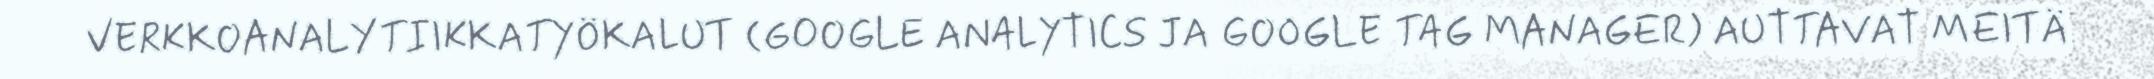
VERKKOANALYTIIKKATYÖKALUT (GOOGLE ANALYTICS JA GOOGLE TAG MANAGER) AUTTAVAT MEITÄ